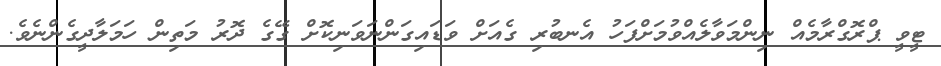
ޓީވީ ޕްރޮގްރާމެއް ނިންމަވާލެއްވުމަށްފަހު އެނބުރި ގެއަށް ވަޑައިގަންނަވަނިކޮށް ގޭގެ ދޮރު މަތިން ހަމަލާދީގެންނެވެ.